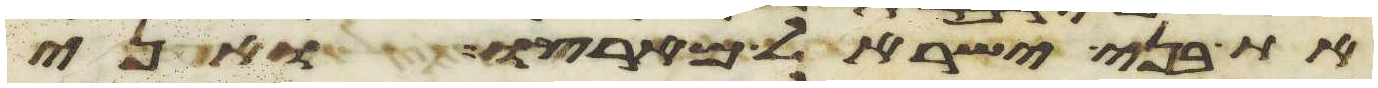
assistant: את בני ישראל מארצו ואני